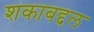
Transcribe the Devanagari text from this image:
शकाबद्दल